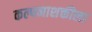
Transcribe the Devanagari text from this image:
कल्पनाशक्तीला